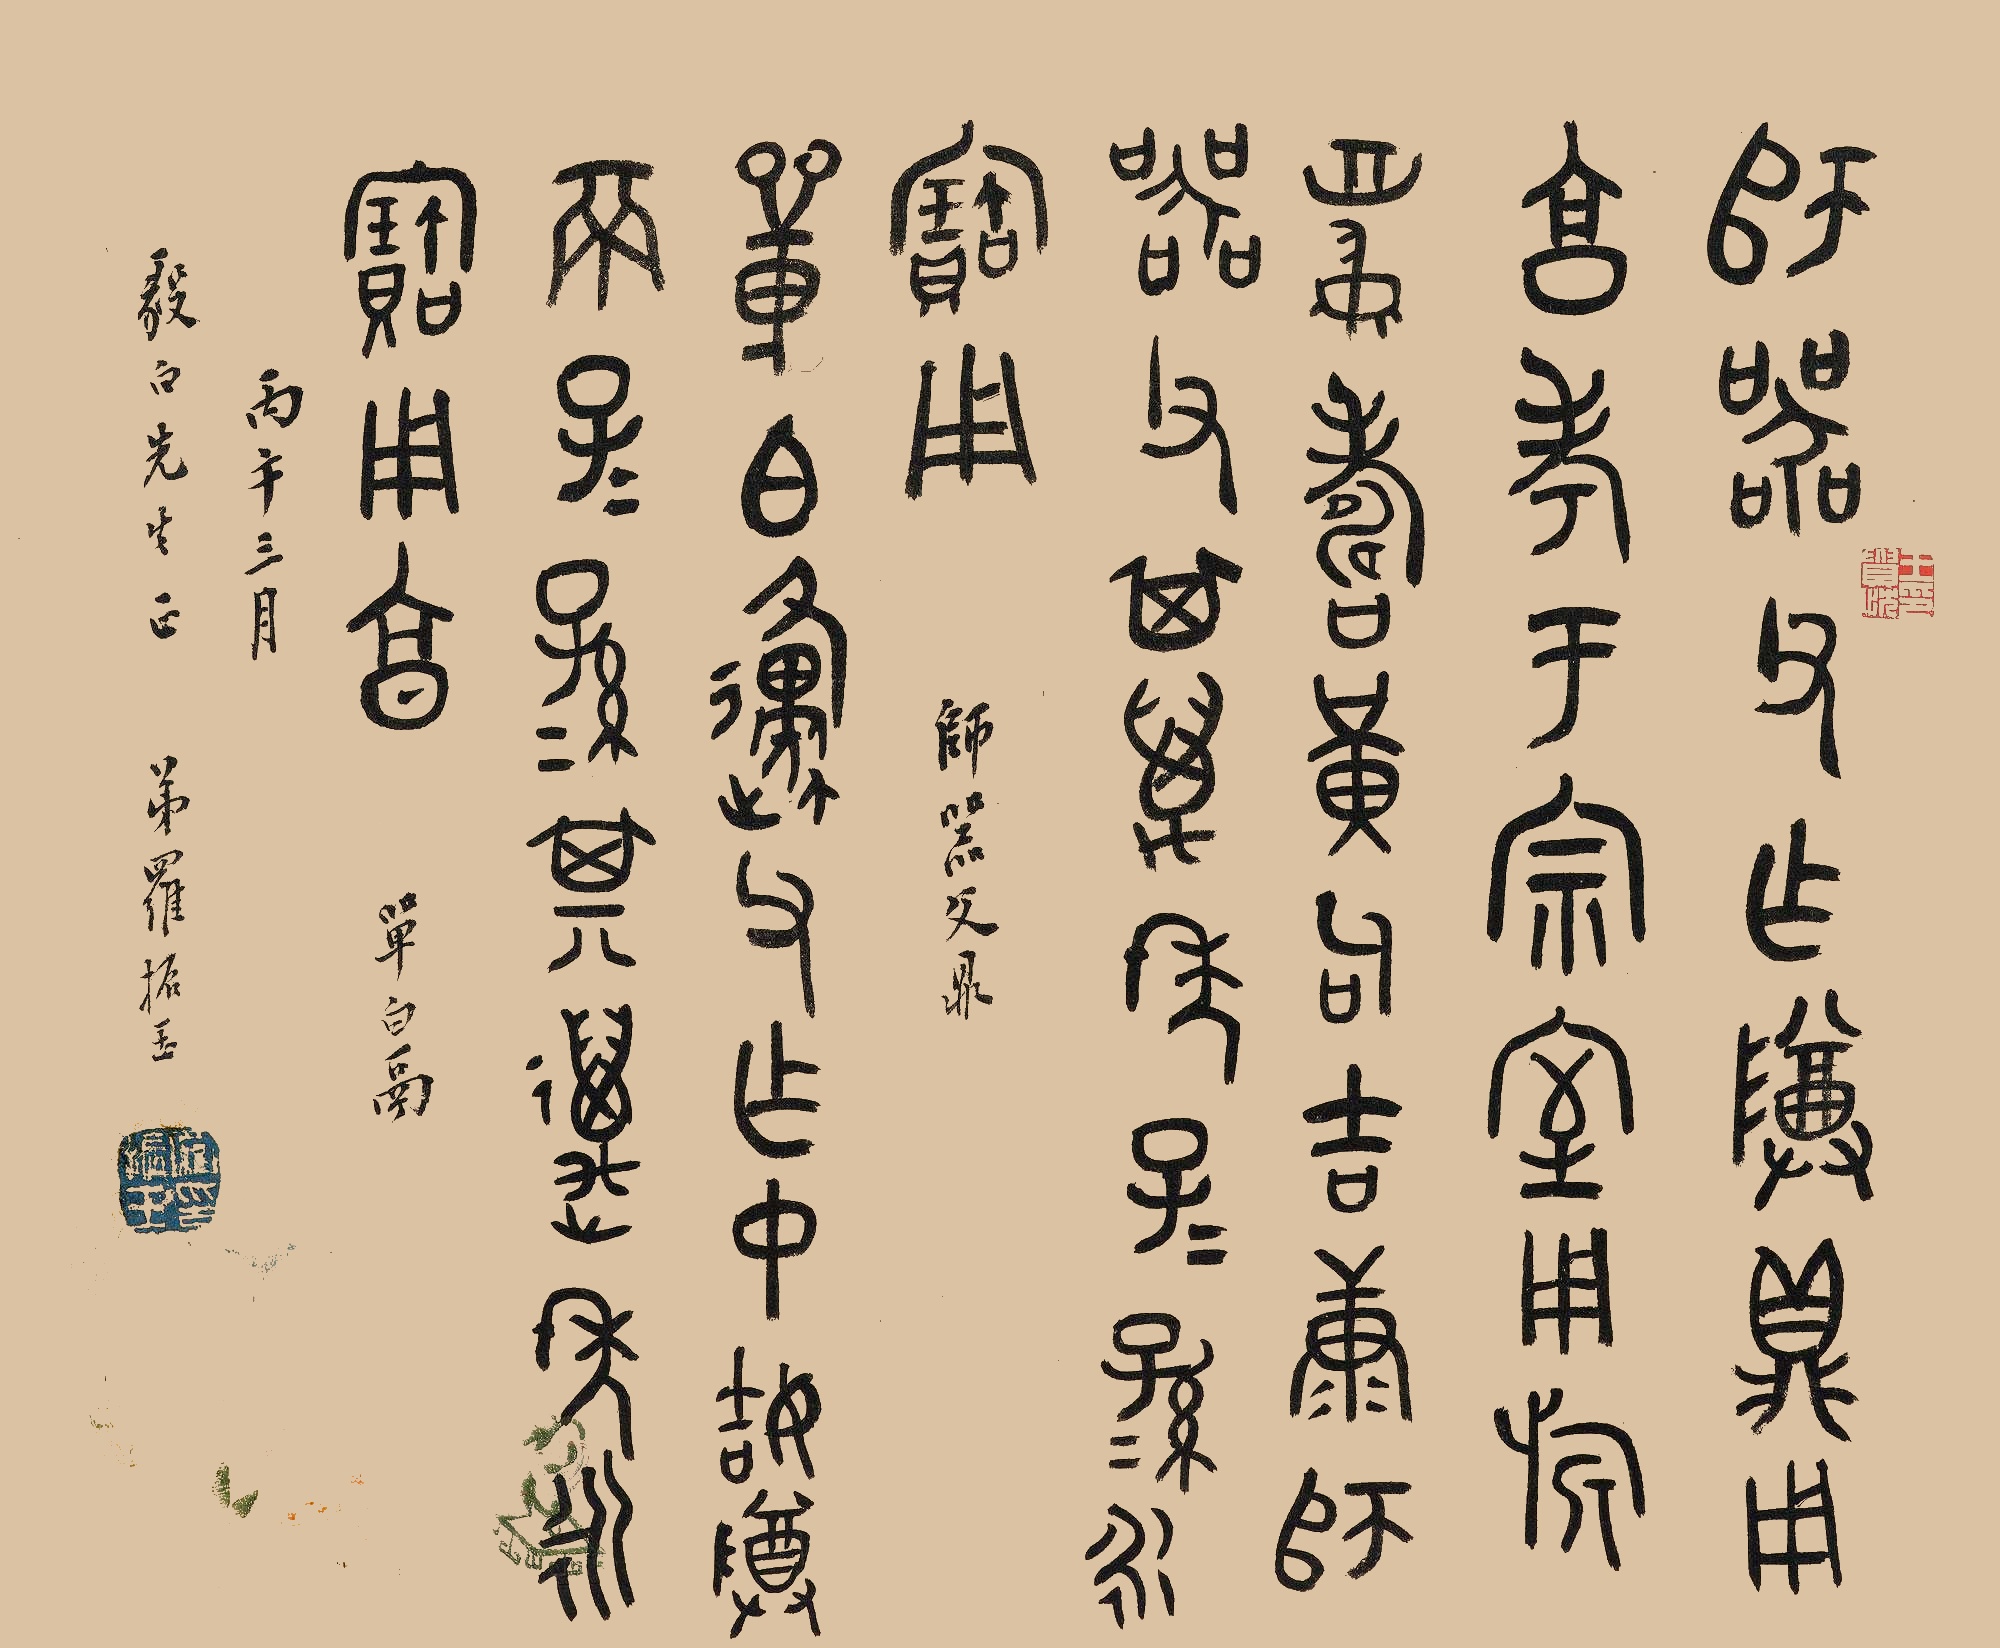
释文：师器父乍尊鼎，用享孝于宗室，用旗眉寿、黄句、吉康，师器父其万年，子子孙孙永宝用。师器父鼎。单伯原父作中姞尊鬲，子子孙孙其万年永保用享。单伯鬲。丙午三月，毅白先生正。弟罗振玉。